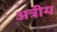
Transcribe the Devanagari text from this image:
अत्रीय